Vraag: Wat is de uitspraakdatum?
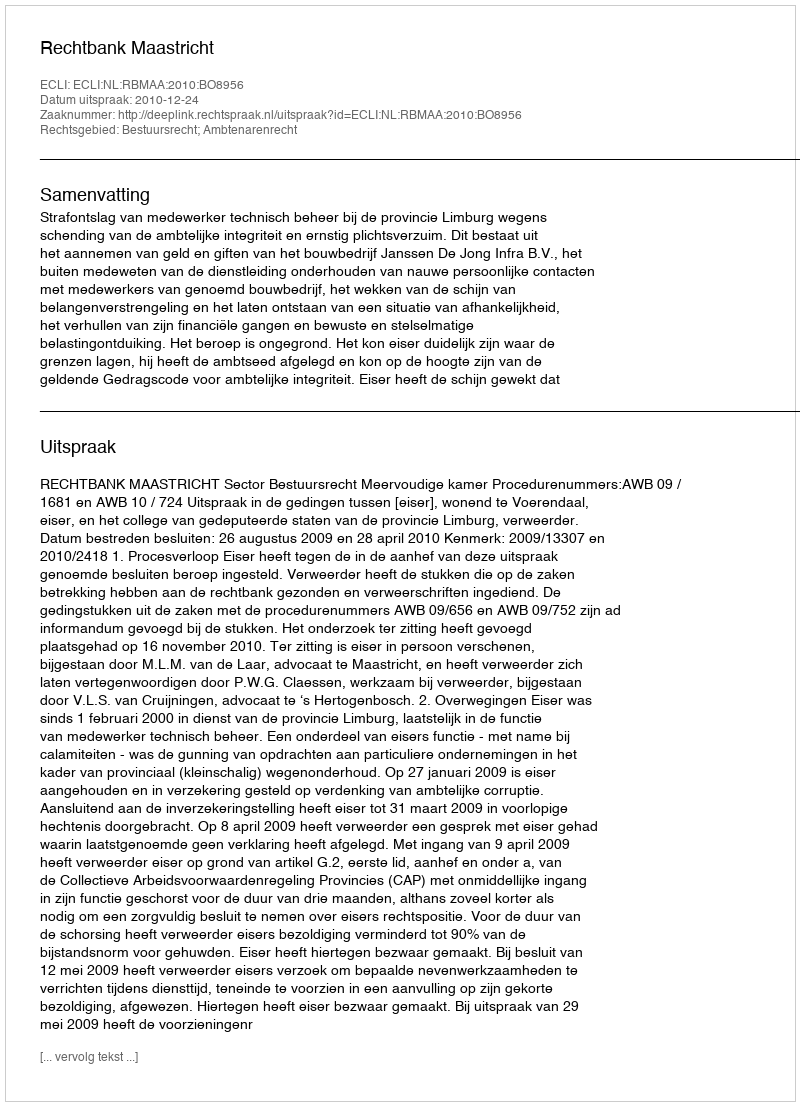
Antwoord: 2010-12-24